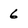
Character: 6